Lunatic asylums in Bengal annual reports 1888-1898 - 1888-1898
Year: 1888
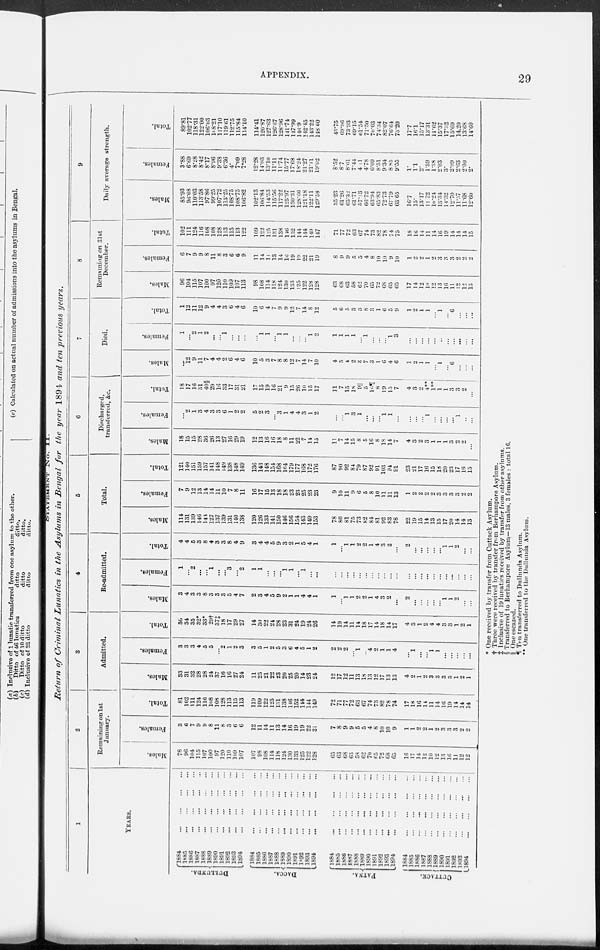
APPENDIX.
29
Return of Criminal Lunatics in the Asylums in Bengal for the year 1894 and ten previous years.
1
YEARS.
DULLUNDA.
DACCA.
PATNA.
CUTTACK.
1884
...
...
...
...
1885
...
...
...
...
1886
...
...
...
...
1887
...
...
...
...
1888
...
...
...
...
1889
...
...
...
...
1890
...
...
...
...
1891
...
...
...
...
1892
...
...
...
...
1893
...
...
...
...
1894
...
...
...
...
1884
...
...
...
...
1885
...
...
...
...
1886
...
...
...
...
1887
...
...
...
...
1888
...
...
...
...
1889
...
...
...
...
1890
...
...
...
...
1891
...
...
...
...
1892
...
...
...
...
1893
...
...
...
...
1894
...
...
...
...
1884
...
...
...
...
1885
...
...
...
...
1886
...
...
...
...
1887
...
...
...
...
1888
...
...
...
...
1889
...
...
...
...
1890
...
...
...
...
1891
...
...
...
...
1892
...
...
...
...
1893
...
...
...
...
1894
...
...
...
...
1884
...
...
...
...
1885
...
...
...
...
1886
...
...
...
...
1887
...
...
...
...
1888
...
...
...
...
1889
...
...
...
...
1890
...
...
...
...
1891
...
...
...
...
1892
...
...
...
...
1893 ... ... ... ...
1894
...
...
...
...
2
Remaining on 1st
January.
Mules.
78
96
104
115
107
100
97
120
110
109
107
107
98
108
114
118
124
130
133
125
122
128
65
63
68
63
58
62
70
65
72
68
65
16
17
14
12
10
12
13
16
11
12
12
Females.
3
6
7
9
9
8
11
8
3
6
6
12
11
14
11
13
14
16
19
19
22
21
7
8
9
9
5
5
4
8
10
10
9
1
1
2
2
1
2
3
3
3
2
2
Total.
81
102
111
124
116
108
108
128
113
115
113
119
109
122
125
131
138
146
152
144
144
149
72
71
77
72
63
67
74
73
82
78
74
17
18
16
14
11
14
16
19
14
14
14
3
Admitted.
Males.
33
31
32
28
28
24
37
16
16
27
24
11
25
21
22
23
20
25
20
14
23
24
12
17
12
11
13
18
13
12
17
13
13
4
2
1
2
3
3
3
3
1
2
1
Females.
3
3
3
4
5
5
...
2
1
2
3
3
5
1
2
5
3
6
4
5
1
2
2
2
2
...
1
...
4
2
1
1
4
...
1
...
...
1
1
...
...
...
...
...
Total.
36
34
35
32*
33*
29†
37‡
18
17
29
27
14
30
22
24
28
23
31
24
19
24
26
14
19
14
11
14
18
17
14
18
14
17
4
3
1
2
4
4
3
3
1
2
1
4
Re-admitted.
Males.
3
4
3
3
8
3
3
3
5
4
7
2
3
4
5
9
2
1
1
4
4
1
1
...
1
1
2
2
1
4
3
2
...
2
...
...
...
...
...
1
1
2
...
...
Females.
1
...
2
...
...
1
...
...
3
...
2
1
1
...
...
...
1
1
...
1
...
...
...
...
...
...
...
...
...
...
...
...
...
...
...
...
...
...
...
...
...
...
...
...
Total.
4
4
5
3
8
4
3
3
8
4
9
3
4
4
5
9
3
2
1
5
4
1
1
...
1
1
2
2
1
4
3
2
...
2
...
...
...
...
...
1
1
2
...
...
5
Total.
Males.
114
131
139
146
143
127
137
139
131
140
138
120
126
133
141
150
146
156
154
143
149
153
78
80
81
75
73
82
84
81
92
83
78
22
19
15
14
13
15
17
20
14
14
13
Females.
7
9
12
13
14
14
11
10
7
8
11
16
17
15
13
18
18
23
23
25
23
23
9
10
11
9
6
5
8
10
11
11
13
1
2
2
2
2
3
3
3
3
2
2
Total.
121
140
151
159
157
141
148
149
138
148
149
136
143
148
154
168
164
179
177
168
172
176
87
90
92
84
79
87
92
91
103
94
91
23
21
17
16
15
18
20
23
17
16
15
6
Discharged,
transferred, &c.
Males.
18
15
15
28
36
26
13
27
16
29
19
12
13
16
16
18
8
11
22
7
14
15
11
7
14
15
8
5
16
8
18
14
7
4
3
2
3
1
1
1
3
2
2
...
Females.
...
2
1
3
4
3
3
6
1
2
2
5
2
3
...
3
1
4
4
3
1
2
...
...
1
3
1
...
...
...
1
1
...
...
...
...
1
...
...
...
...
1
...
...
Total.
18
17
16
31
40§
29
16
33
17
31
21
17
15
19
16
21
9
15
26
10
15
17
11
7
15
18
9||
5
16¶
8
19
15
7
4
3
2
4**
1**
1
1
3
3
2
...
7
Died.
Males.
...
12
9
11
7
4
4
2
6
4
6
10
5
3
7
8
8
12
7
14
7
10
4
5
4
2
3
7
3
1
6
4
6
1
2
1
1
...
1
...
6
...
...
...
Females.
1
...
2
1
2
...
...
1
...
...
...
...
1
1
...
1
1
...
...
...
1
2
1
1
1
1
...
1
...
...
...
1
3
...
...
...
...
...
...
...
...
...
...
...
Total.
1
12
11
12
9
4
4
3
6
4
6
10
6
4
7
9
9
12
7
14
8
12
5
6
5
3
3
8
3
1
6
5
9
1
2
1
1
...
1
...
6
...
...
...
8
Remaining on 31st
December.
Males.
96
104
115
107
100
97
120
110
109
107
113
98
108
114
118
124
130
133
125
122
128
128
63
68
63
58
62
70
65
72
68
65
65
17
14
12
10
12
13
16
11
12
12
13
Females.
6
7
9
9
8
11
8
3
6
6
9
11
14
11
13
14
16
19
19
22
21
19
8
9
9
5
5
4
8
10
10
9
10
1
2
2
1
2
3
3
3
2
2
2
Total.
102
111
124
116
108
108
128
113
115
113
122
109
122
125
131
138
140
152
144
144
149
147
71
77
72
63
67
74
73
82
78
74
75
18
16
14
11
14
16
19
14
14
14
15
9
Daily average strength.
Males.
85.93
96.08
110.03
113.58
97.86
99.25
107.72
113.25
108.75
108.75
106.82
102.13
106.84
114.53
115.56
117.22
125.97
130.31
128.66
121.18
122.11
129.58
35.23
61.26
65.32
61.71
57.13
66.72
63.94
65.83
72.73
67.79
6365
16.7
15.
13.17
11.72
10.24
13.34
14.32
12.70
11.57
11.68
12.60
Females.
3.88
6.69
8.28
8.42
8.17
8.96
9.38
6.36
4.
7.09
7.28
12.28
14.03
13.10
11.11
11.74
15.77
17.68
18.24
21.27
21.11
19.02
8.52
8.7
8.61
7.44
4.41
4.78
6.09
8.51
9.34
8.85
9.55
1.
1.1
2.
1.59
1.38
2.03
3.
2.99
2.63
2.00
2.
Total.
89.81
102.77
118.31
122.00
106.03
108.21
11710
119.61
112.75
115.84
114.10
114.41
120 87
127.63
126.67
128.96
141.74
147.99
146.9
242.45
143.22
148.60
43.75
69.96
73 93
69.15
61.54
71.50
70.03
74.34
82.07
76.64
73.20
17.7
16.1
15.17
13.31
11.62
15.37
17.32
15.69
14.20
13.68
14.60
* One received by transfer from Cuttack Asylum.
† Three were received by transfer from Berhampore Asylum.
‡ Inclusive of 19 lunatics received by transfer from other asylums.
§ Transferred to Berhampore Asylum—13 males, 3 females : total 16.
|| One escaped.
¶ Ten transferred to Dullunda Asylum.
** One transferred to the Dullunda Asylum.